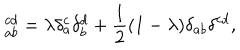
LaTeX: \ _ { a b } ^ { c d } = \lambda \delta _ { a } ^ { c } \delta _ { b } ^ { d } + \frac { 1 } { 2 } ( 1 - \lambda ) \delta _ { a b } \delta ^ { c d } ,